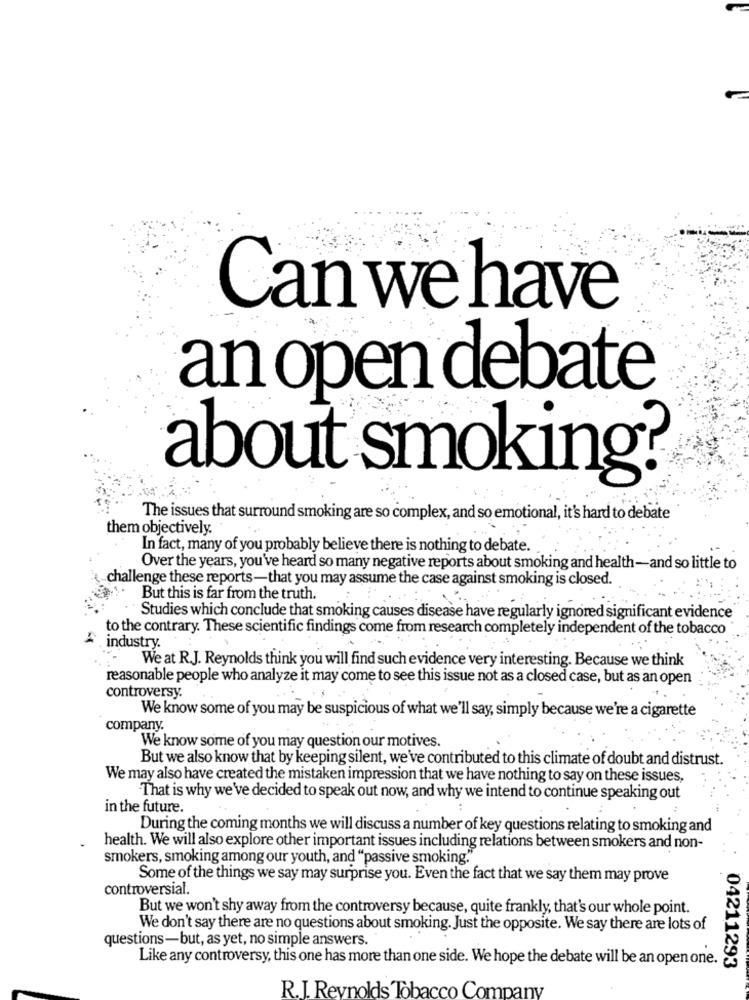
Can we have
an open debate
about smoking?
The issues that surround smoking are so complex, and so emotional, it's hard to debate
them objectively.
In fact, many of you probably believe there is nothing to debate.
Over the years, you've heard so many negative reports about smoking and health-and so little to
challenge these reports-that you may assume the case against smoking is closed.
But this is far from the truth.
Studies which conclude that smoking causes disease have regularly ignored significant evidence
to the contrary. These scientific findings come from research completely independent of the tobacco
& industry.
We at R.J. Reynolds think you will find such evidence very interesting. Because we think
reasonable people who analyze it may come to see this issue not as a closed case, but as an open
controversy.
We know some of you may be suspicious of what we'll say, simply because we're a cigarette
company.
We know some of you may question our motives.
But we also know that by keeping silent, we've contributed to this climate of doubt and distrust.
We may also have created the mistaken impression that we have nothing to say on these issues,
That is why we've decided to speak out now, and why we intend to continue speaking out
in the future.
During the coming months we will discuss a number of key questions relating to smoking and
health. We will also explore other important issues including relations between smokers and non-
smokers, smoking among our youth, and "passive smoking"
Some of the things we say may surprise you. Even the fact that we say them may prove
controversial.
But we won't shy away from the controversy because, quite frankly, that's our whole point.
We don't say there are no questions about smoking. Just the opposite. We say there are lots of
questions-but, as yet, no simple answers.
Like any controversy, this one has more than one side. We hope the debate will be an open one.
04211293
R.J. Reynolds Tobacco Company